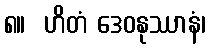
၈။  ဟိတံ ဒေဝနုဿာနံ၊